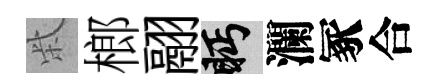
柴榔翮眄瀾冢合